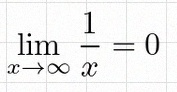
\lim_{x\to\infty}\frac{1}{x}=0